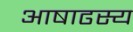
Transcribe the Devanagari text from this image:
आषाढस्य